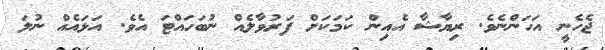
ޖެހެނީ އަހަންނެވެ. ރިޔާޝާ އެއިން ކަމަކަށް ފަރުވާލެއް ނުބަހައްޓަ އެވެ. އަޅައެއް ނުލަ